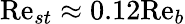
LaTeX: \mathrm{Re}_{st}\approx 0.12\mathrm{Re}_{b}